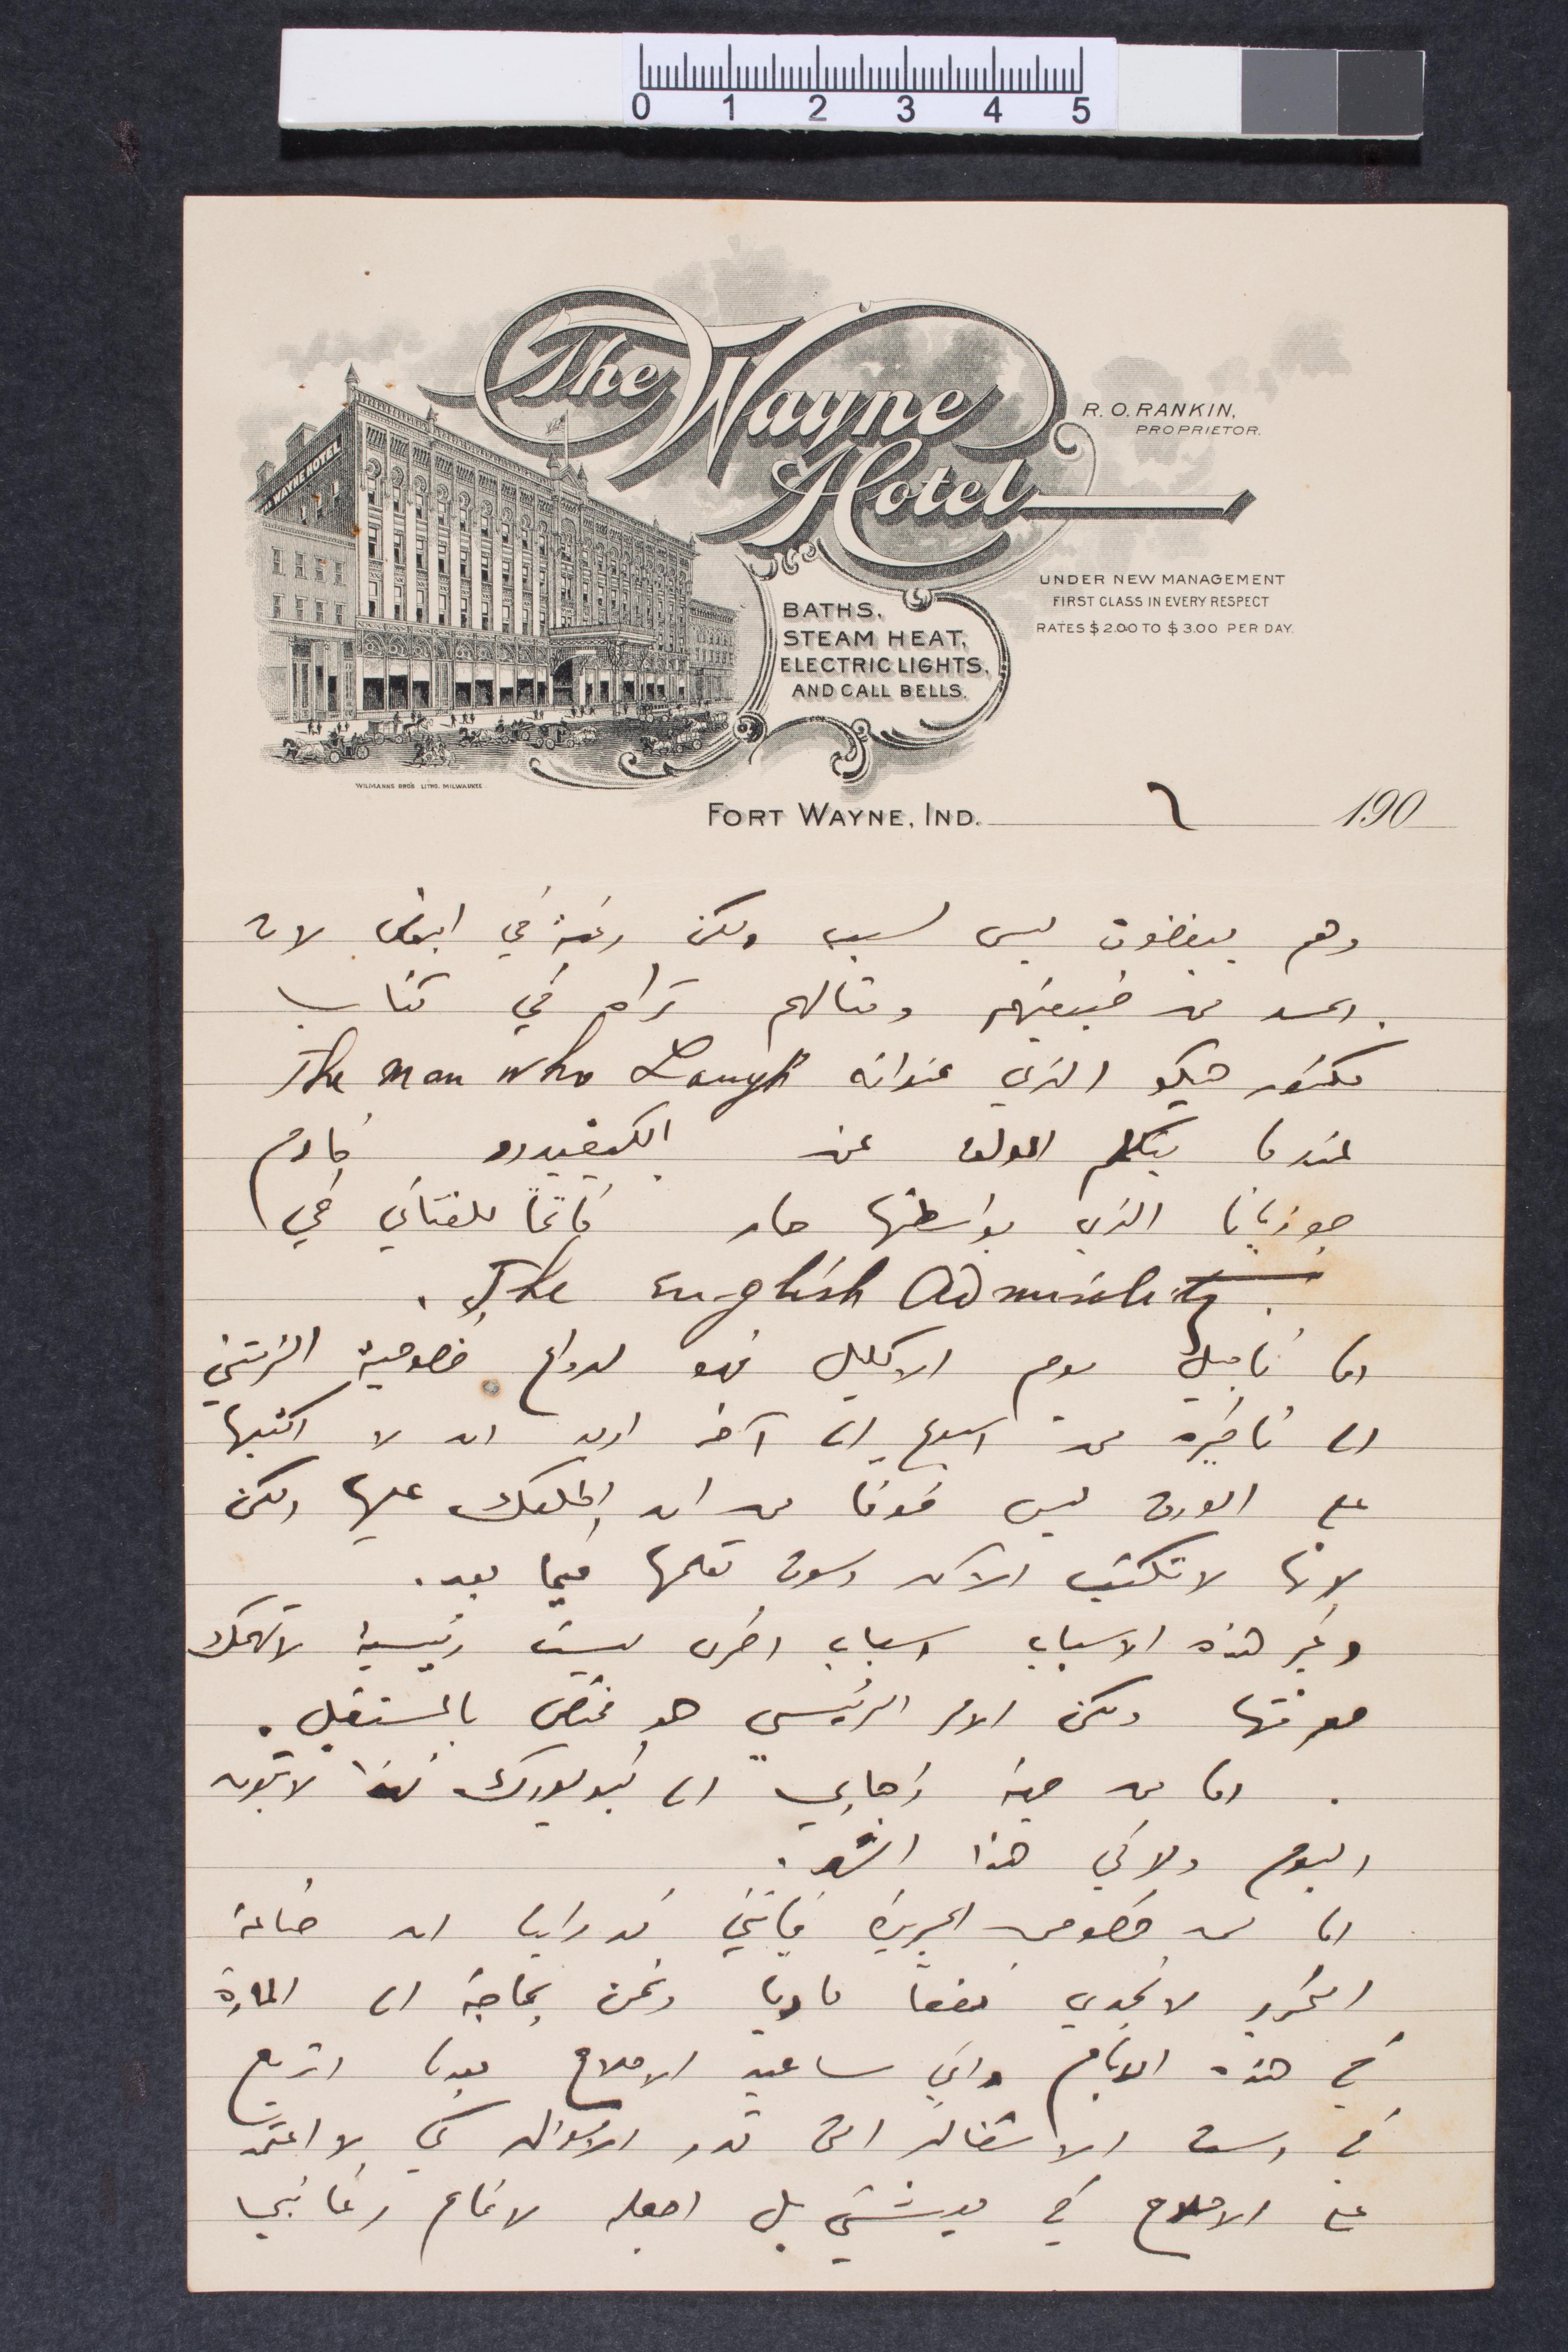
وهم يبغضون ليس لسبب ولكن رغبة في البعض لان
الحسد في طبيعتهم ومثالهم تراه في كتاب
فيكتور هيكو الذي عنوانه
عندما يتكلم المؤلف عن الكيفيدرو خادم
جوزيانا الذي بواسطتها صار كاتما للفتاني في
الى تأجيل يوم الاكليل فهو لدواع خصوصية  الزمتني
الى تأخيره من أسبوع أي آخر اريد ان لا اكتبها
على الورق ليس خوفًا من ان اكلمك عنها ولكن
لانها لا تكتب الآن وسوف تعلمها فيما بعد.
وغير هذه الأسباب أسباب أخرى ليست رئيسية لا تهمك
معرفتها ولكن الأمر الرئيسي هو مختص بالمستقبل.
اما من جهة ذهابي الى نيويورك فهذا لا يكون
اليوم ولا في هذا الشهر.
اما في خصوص الجريدة فإنني قد رأيت أن صناعة
التحرر لا تجدي نفعًا ماديًا ونحن بحاجة إلى المادة
في هذه الأيام واني سأعيد الإصلاح بعد ما اتربع
في رسم الاشغال التي تدر الأموال كي لا اعتمد
على الإصلاح في معيشتي بل اجعله لاتمام رغباتي